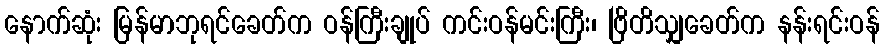
နောက်ဆုံး မြန်မာဘုရင်ခေတ်က ဝန်ကြီးချုပ် ကင်းဝန်မင်းကြီး၊ ဗြိတိသျှခေတ်က နန်းရင်းဝန်